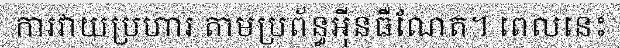
ការវាយប្រហារ តាមប្រព័ន្ធអ៊ីនធឺណែត។ ពេលនេះ